[Report on the health of British troops in the Madras command]
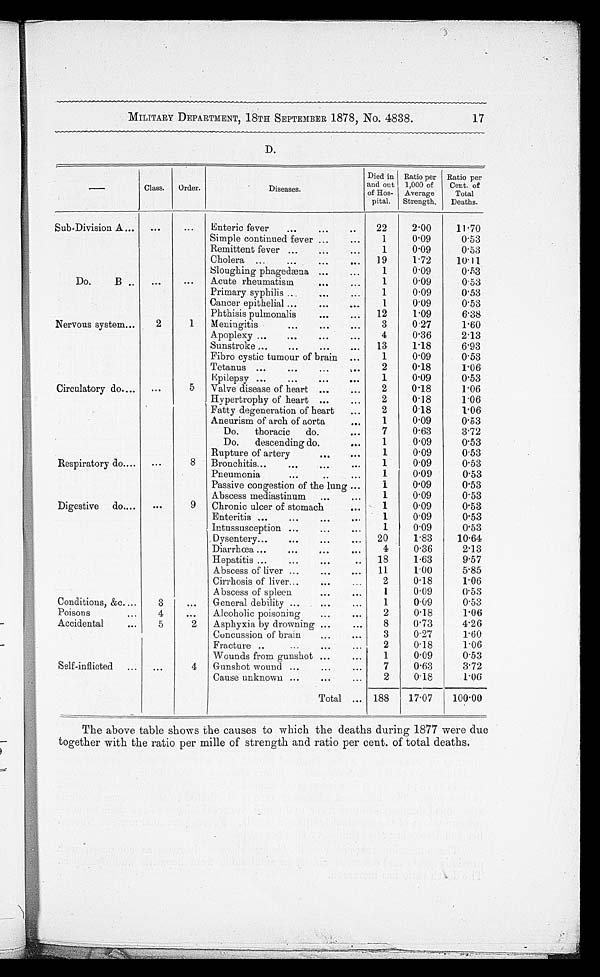
MILITARY DEPARTMENT, 18TH SEPTEMBER 1878, No. 4838. 17
D.
Sub-Division A
Enteric fever
22
2·00
11.70
Simple continued fever
1
0·09
0·53
Remittent fever
1
0·09
0.53
Cholera
19
1·72
10. 11
Sloughing phagedæna
1
0·09
0·53
Do.B
Acute rheumatism
1
0·09
0·53
Primary syphilis
1
0·09
0·53
Cancer epithelial
1
0·09
0·53
Phthisis pulmonalis
12
1·09
6·38
Nervous system
2
1
Meningitis
3
0·27
1·60
Apoplexy
4
0·36
2·13
Sunstroke
13
1·18
6·93
Fibro cystic tumour of brain
1
0·09
0·53
Tetanus
2
0·18
1·06
Epilepsy
1
0·09
0·53
Circulatory do
5
Valve disease of heart
2
0·18
1·06
Hypertrophy of heart
2
0·18
1·06
Fatty degeneration of heart
2
0·18
1·06
Aneurism of arch of aorta
1
0·09
0·53
Do. thoracic do.
7
0·63
3·72
Do. descending do
1
0·09
0·53
Rupture of artery
1
0·09
0.53
Respiratory do
8
Bronchitis
1
0·09
0·53
Pneumonia
1
0·09
0·53
Passive congestion of the lung
1
0·09
0·53
Abscess mediastinum
1
0·09
0·53
Digestive do
9
Chronic ulcer of stomach
1
0·09
0·53
Enteritis
1
0·09
0·53
Intussusception
1
0·09
0·53
Dysentery
20
1·83
1 0 · 6 4
Diarrhœ a
4
0·36
2·13
Hepatitis
18
1·63
9·57
Abscess of liver
11
1·00
5·85
Cirrhosis of liver
2
0·18
1·06
Abscess of spleen
1
0·09
0·53
Conditions, &c
3
General debility
1
0·09
0·53
Poisons
4
Alcoholic poisoning
2
0·18
1·06
Accidental
5
2
Asphyxia by drowning
8
0·73
4·26
Concussion of brain
3
0·27
1·60
Fracture
2
0·18
1·06
Wounds from gunshot
1
0·09
0·53
Self-inflicted
4
Gunshot wound
7
0·63
3·72
Cause unknown
2
0·18
1·06
Total
188
17·07
1 0 0 · 0 0
The above table shows the causes to which the deaths during 1877 were due
together with the ratio per mile of strength and ratio per cent. of total deaths.